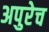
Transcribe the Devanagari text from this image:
अपुरेच